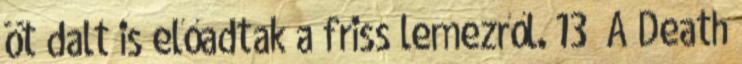
öt dalt is előadtak a friss lemezről. 13 A Death